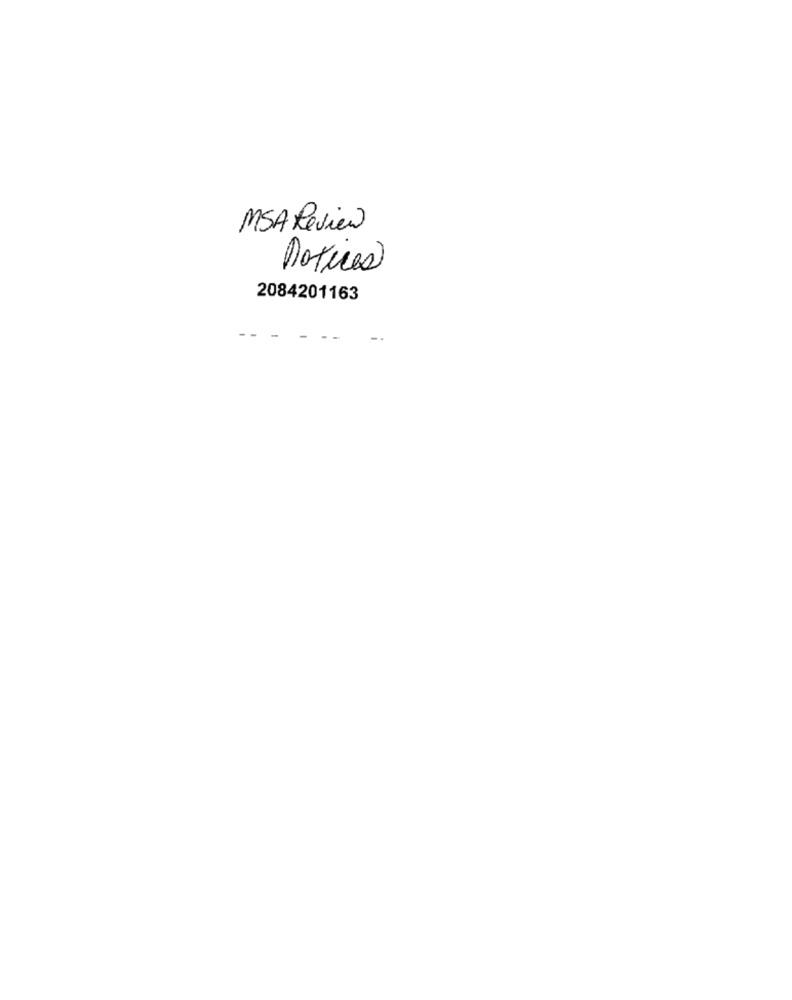
MSA Review
notices
2084201163